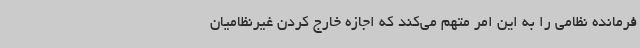
فرمانده نظامی را به این امر متهم می‌کند که اجازه خارج کردن غیرنظامیان